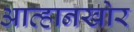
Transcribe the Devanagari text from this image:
आव्हानखोर